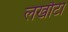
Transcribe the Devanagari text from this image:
लखौटा